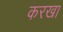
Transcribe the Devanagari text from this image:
करखा